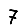
Digit: 7